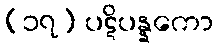
(၁၇) ပဋိပန္နကော